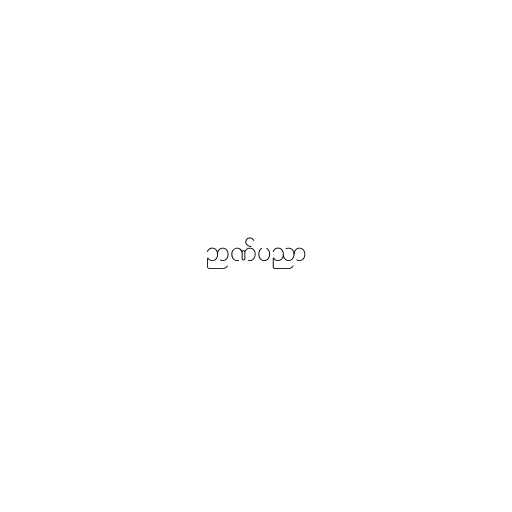
ဉာဏ်ပညာ